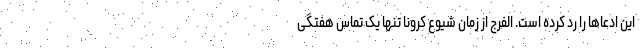
این ادعاها را رد کرده است. الفرج از زمان شیوع کرونا تنها یک تماس هفتگی